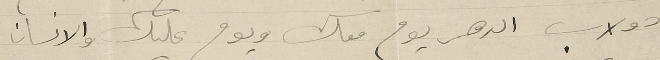
دولاب الدهر يوم معك ويوم عليك والانسان